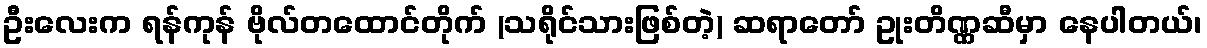
ဦးလေးက ရန်ကုန် ဗိုလ်တထောင်တိုက် (သရိုင်သားဖြစ်တဲ့) ဆရာတော် ဥုးတိဏ္ဏဆီမှာ နေပါတယ်၊